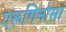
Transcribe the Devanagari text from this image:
एरूगिनोसा